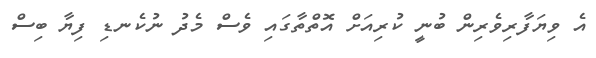
އެ ވިޔަފާރިވެރިން ބުނީ ކުރިއަށް އޮތްތާގައި ވެސް މެދު ނުކެނޑި ފިޔާ ބިސް